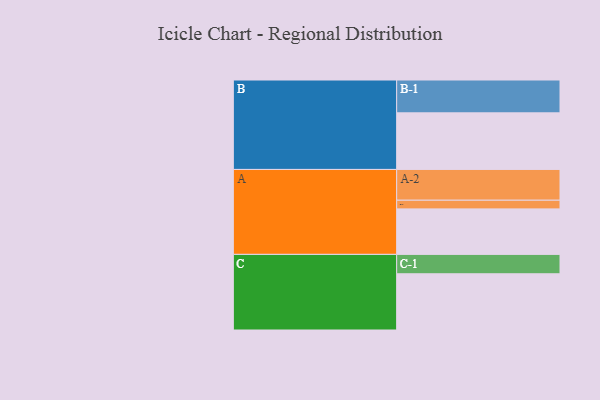
{"axis": {"x": "Segment", "y": "Value"}, "legend": ["", "A", "B", "C"], "data": [{"x": "A", "y": 352, "type": ""}, {"x": "B", "y": 438, "type": ""}, {"x": "C", "y": 435, "type": ""}, {"x": "A-1", "y": 67, "type": "A"}, {"x": "A-2", "y": 238, "type": "A"}, {"x": "B-1", "y": 254, "type": "B"}, {"x": "C-1", "y": 150, "type": "C"}]}